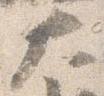
大